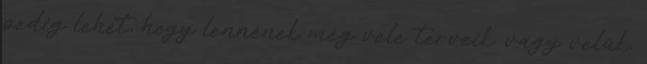
pedig lehet, hogy lennének még vele terveik. vagy velük,